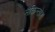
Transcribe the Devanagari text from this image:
मैकिन्तोश